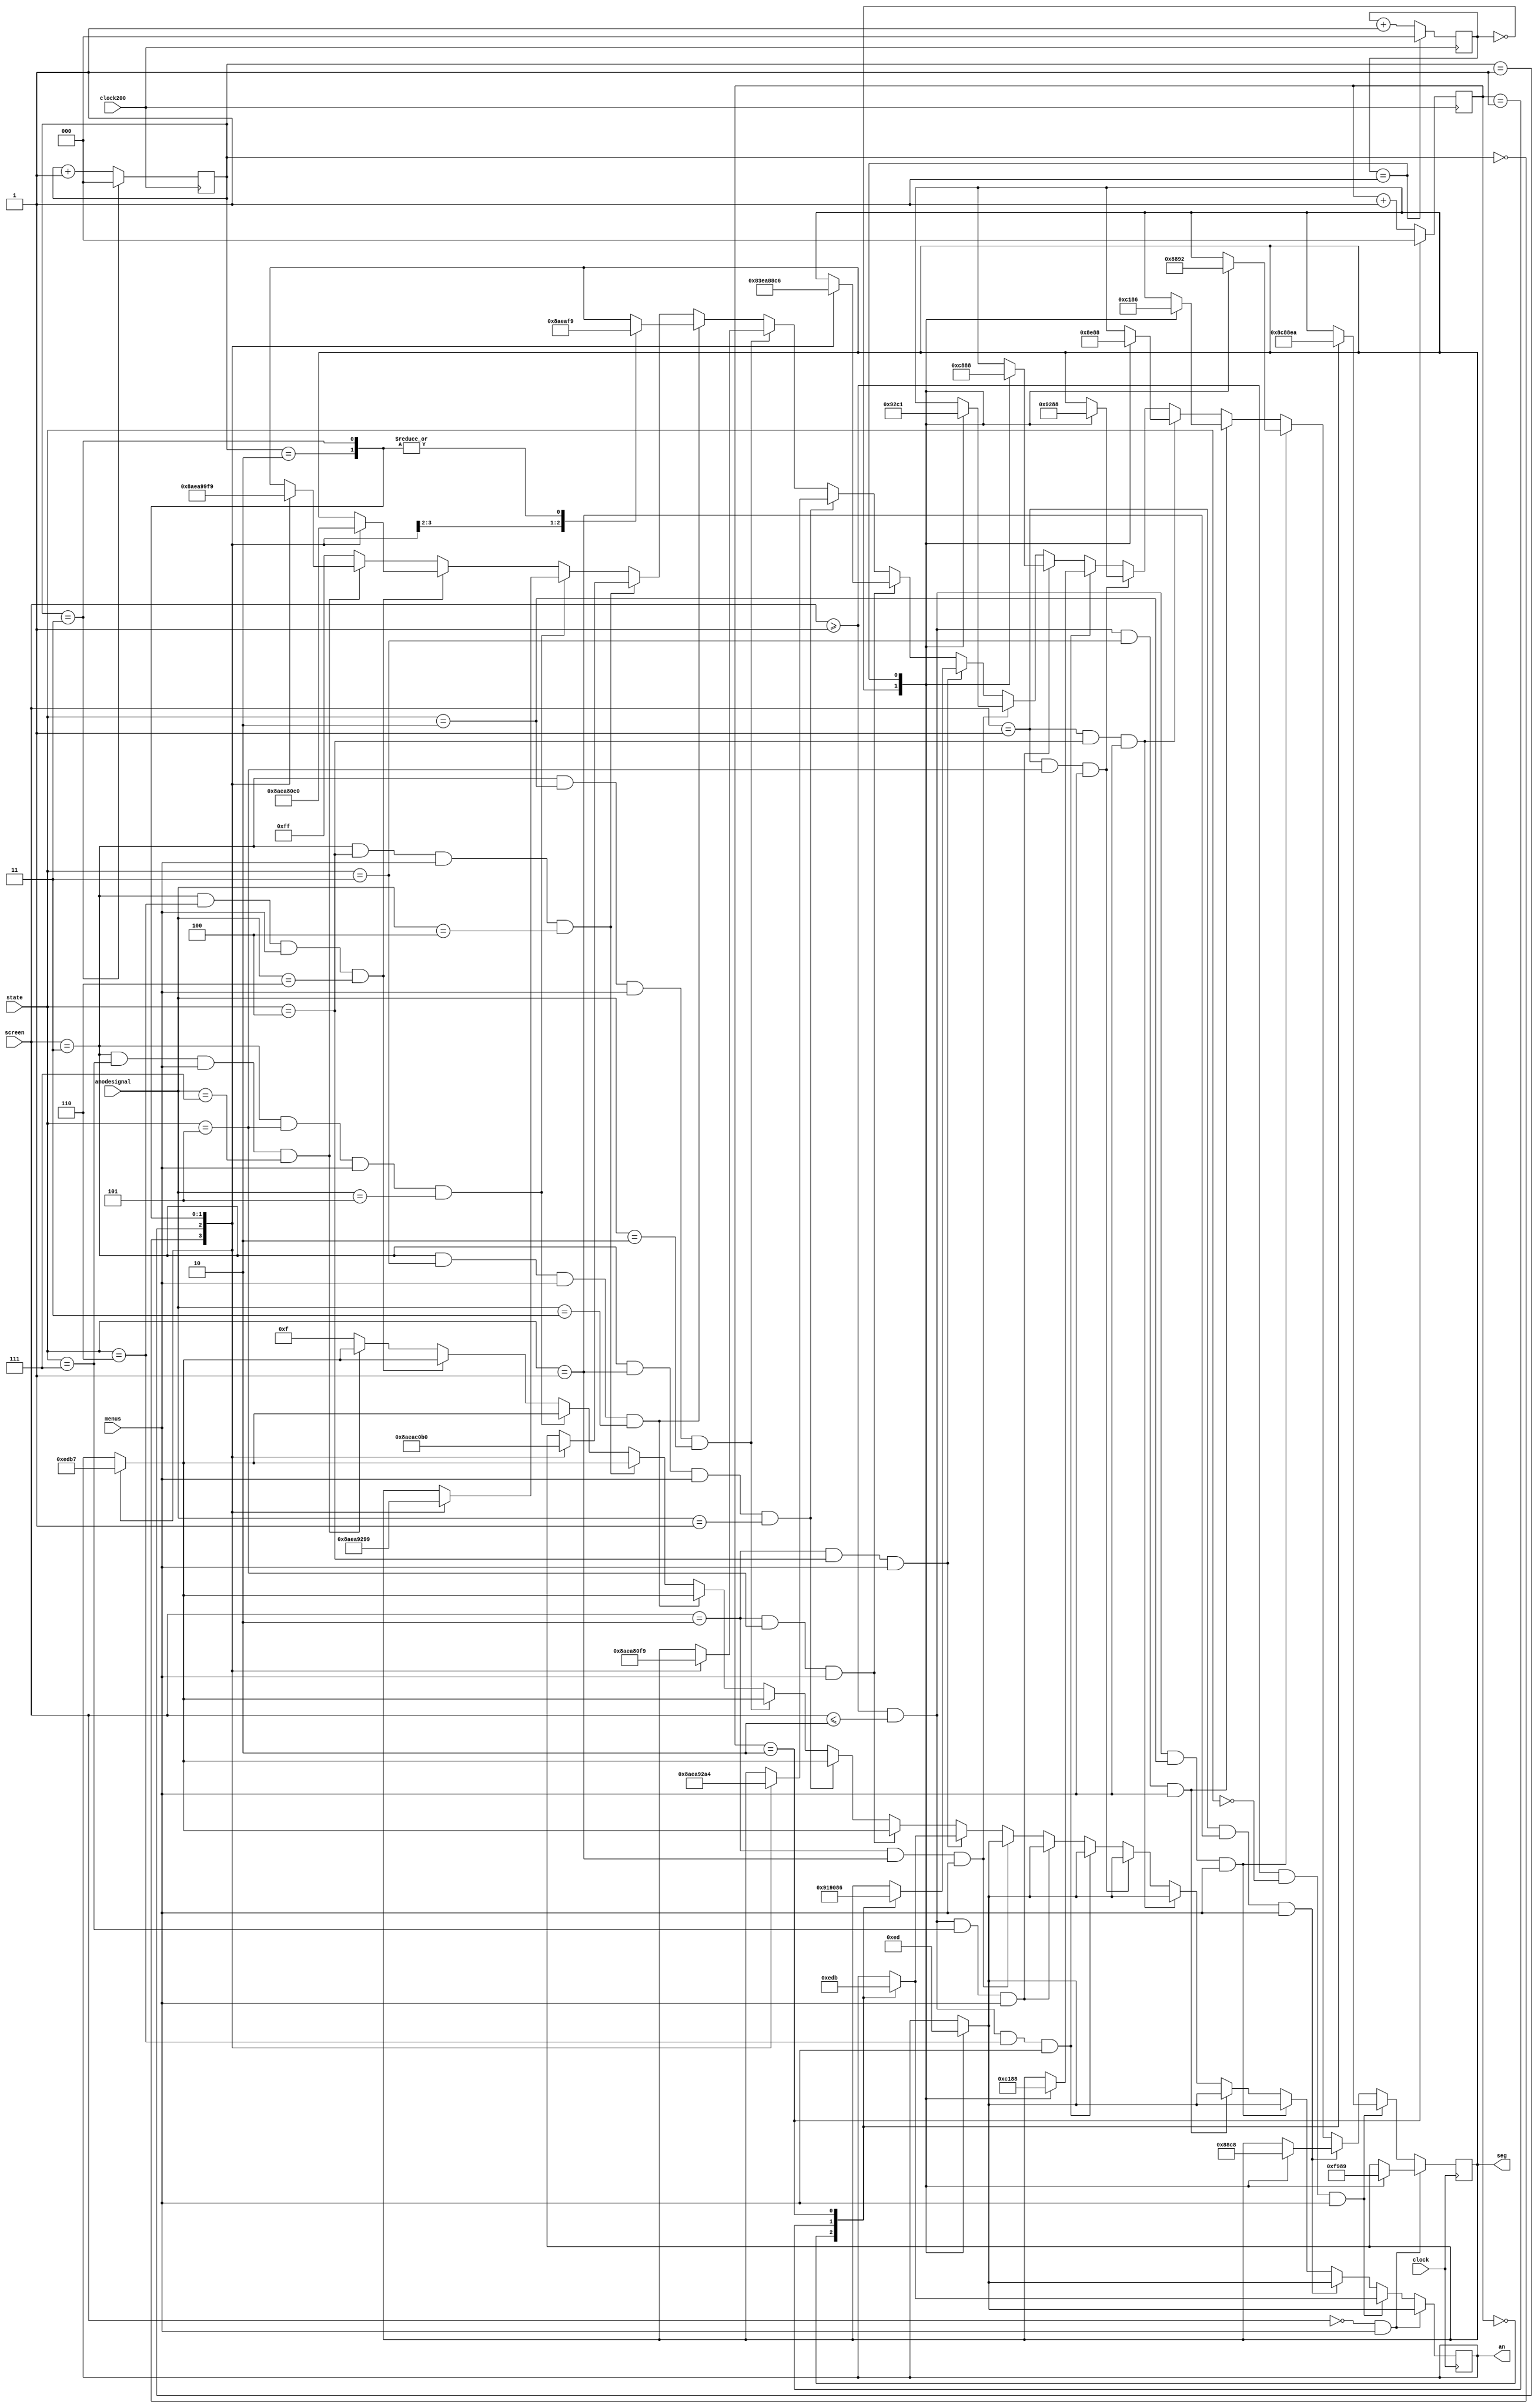
`timescale 1ns / 1ps
//////////////////////////////////////////////////////////////////////////////////
// Company: 
// Engineer: 
// 
// Design Name: 
// Module Name: anodeControl
// Project Name: 
// Target Devices: 
// Tool Versions: 
// Description: 
// 
// Dependencies: 
// 
// Revision:
// Revision 0.01 - File Created
// Additional Comments:
// 
//////////////////////////////////////////////////////////////////////////////////


module anodeControl(input clock200, clock, menus, input [1:0] screen, input [3:0] state, input [3:0] anodesignal, output reg [3:0] an, output reg [7:0] seg);
    
    parameter [7:0] zero = 8'b11000000;
    parameter [7:0] one = 8'b11111001; //1 2
    parameter [7:0] two = 8'b10100100; //01346
    parameter [7:0] three = 8'b10110000; //01236
    parameter [7:0] four = 8'b10011001; //1256
    parameter [7:0] five = 8'b10010010; 
    parameter [7:0] six = 8'b10000010; //023456
    parameter [7:0] seven = 8'b11111000; //012
    parameter [7:0] eight = 8'b10000000;
    parameter [7:0] nine = 8'b10010000;
    
    parameter [7:0] M = 8'b11101010;
    parameter [7:0] K = 8'b10001010;
    
    reg [2:0] twocounter = 0;
    reg [2:0] threecounter = 0;
    reg [2:0] fourcounter = 0;
    
    always @(posedge clock200) begin
    
        twocounter <= (twocounter == 1) ? 0 : twocounter + 1;
        threecounter <= (threecounter == 2) ? 0 : threecounter + 1;
        fourcounter <= (fourcounter == 3) ? 0 : fourcounter + 1;
    
    end
    
    always @(posedge clock) begin
    
        if (screen == 0 && menus) begin
    
            case (twocounter)
            
                3'd0: begin
                    an <= 4'b1110;
                    seg <= 8'b11111001;
                end
                
                3'd1: begin
                    an <= 4'b1101;
                    seg <= 8'b10001001;
                end
            
            endcase
        
        end
        
        else if (screen >= 1 && state == 0 && menus) begin
            
            case (threecounter)
           
                3'd0: begin
                    an <= 4'b1110;
                    seg <= 8'b10001100; 
                end
                
                3'd1: begin
                    an <= 4'b1101;
                    seg <= 8'b10001000;
                end
                
                3'd2: begin
                    an <= 4'b1011;
                    seg <= 8'b11101010; 
                end
                
            endcase    

        end
        
        else if (screen == 1 && state == 1 && menus) begin
    
            case (twocounter)
                //NA        
                3'd0: begin
                    an <= 4'b1110;
                    seg <= 8'b10001000;
                end
                
                3'd1: begin
                    an <= 4'b1101;
                    seg <= 8'b11001000;
                end
                
            endcase    

        end
        
        else if (screen >= 1 && screen <= 2 && state == 2 && menus) begin
            
            case (twocounter)
                //SA        
                3'd0: begin
                    an <= 4'b1110;
                    seg <= 8'b10001000;
                end
                
                3'd1: begin
                    an <= 4'b1101;
                    seg <= 8'b10010010;
                end
                
            endcase    

        end
        
        else if (screen >= 1 && screen <= 2 && state == 3 && menus) begin
            
            case (twocounter)
                //EU        
                3'd0: begin
                    an <= 4'b1110;
                    seg <= 8'b11000001;
                end
                
                3'd1: begin
                    an <= 4'b1101;
                    seg <= 8'b10000110; 
                end
                
            endcase    
        
        end
        
        else if (screen == 1 && state == 4 && menus) begin
                    
            case (twocounter)
                //AF        
                3'd0: begin
                    an <= 4'b1110;
                    seg <= 8'b10001110; //0456
                end
                
                3'd1: begin
                    an <= 4'b1101;
                    seg <= 8'b10001000; 
                end
                
            endcase    
        
        end
        
        else if (screen == 1 && state == 5 && menus) begin
                            
            case (twocounter)
                //AS        
                3'd0: begin
                    an <= 4'b1110;
                    seg <= 8'b10010010; 
                end
                
                3'd1: begin
                    an <= 4'b1101;
                    seg <= 8'b10001000;
                end
                
            endcase
            
        end
        
        else if (screen >= 1 && screen <= 2 && state == 6 && menus) begin
                                    
            case (twocounter)
                //AU        
                3'd0: begin
                    an <= 4'b1110;
                    seg <= 8'b11000001; 
                end
                
                3'd1: begin
                    an <= 4'b1101;
                    seg <= 8'b10001000;
                end
                
            endcase
            
        end
        
        else if (screen >= 1 && screen <= 2 && state == 7 && menus) begin
                                            
            case (twocounter)
                //AN        
                3'd0: begin
                    an <= 4'b1110;
                    seg <= 8'b11001000; 
                end
                
                3'd1: begin
                    an <= 4'b1101;
                    seg <= 8'b10001000;
                end
                
            endcase
            
        end
        
        else if (screen == 2 && state == 1 && menus) begin
        
            case (twocounter) //US
                
                2'd0: begin
                    an <= 4'b1110;
                    seg <= 8'b10010010; 
                end
                
                2'd1: begin
                    an <= 4'b1101;
                    seg <= 8'b11000001;
                end
                
            endcase
        
        end
        
        else if (screen == 2 && state == 4 && menus) begin
                
            case (threecounter) //EGY
                
                2'd0: begin
                    an <= 4'b1110;
                    seg <= 8'b10010001; 
                end
                
                2'd1: begin
                    an <= 4'b1101;
                    seg <= 8'b10010000;
                end
                
                2'd2: begin
                    an <= 4'b1011;
                    seg <= 8'b10000110; 
                end
                
            endcase
        
        end
        
        else if (screen == 2 && state == 5 && menus) begin
                        
            case (fourcounter) //ANKW
                
                3'd0: begin
                    an <= 4'b1110;
                    seg <= 8'b10000011; 
                end
                
                3'd1: begin
                    an <= 4'b1101;
                    seg <= 8'b11101010;  
                end
                
                3'd2: begin
                    an <= 4'b1011;
                    seg <= 8'b10001000;
                end
                
                3'd3: begin
                    an <= 4'b0111;
                    seg <= 8'b11000110; 
                end
                
            endcase
        
        end
        
        else if (screen == 3 && state == 1 && menus && anodesignal == 1) begin//25 MK
        
            case (fourcounter) 
                        
                3'd0: begin
                    an <= 4'b1110;
                    seg <= K; 
                end
                
                3'd1: begin
                    an <= 4'b1101;
                    seg <= M; 
                end
                
                3'd2: begin
                    an <= 4'b1011;
                    seg <= five; 
                end
                
                3'd3: begin
                    an <= 4'b0111;
                    seg <= two;
                end
            
            endcase
        
        end
        
        else if (screen == 3 && state == 2 && menus && anodesignal == 2) begin//25 MK
                
            case (fourcounter) 
                        
                3'd0: begin
                    an <= 4'b1110;
                    seg <= K; 
                end
                
                3'd1: begin
                    an <= 4'b1101;
                    seg <= M; 
                end
                
                3'd2: begin
                    an <= 4'b1011;
                    seg <= eight; 
                end
                
                3'd3: begin
                    an <= 4'b0111;
                    seg <= one;
                end
            
            endcase
        
        end
        
        else if (screen == 3 && state == 3 && menus && anodesignal == 3) begin//25 MK
                
            case (fourcounter) 
                        
                3'd0: begin
                    an <= 4'b1110;
                    seg <= K; 
                end
                
                3'd1: begin
                    an <= 4'b1101;
                    seg <= M; 
                end
                
                3'd2: begin
                    an <= 4'b1011;
                    seg <= one; 
                end
                
                3'd3: begin
                    an <= 4'b0111;
                    seg <= one;
                end
            
            endcase
        
        end
        
        else if (screen == 3 && state == 4 && menus && anodesignal == 4) begin//25 MK
                
            case (fourcounter) 
                        
                3'd0: begin
                    an <= 4'b1110;
                    seg <= K; 
                end
                
                3'd1: begin
                    an <= 4'b1101;
                    seg <= M; 
                end
                
                3'd2: begin
                    an <= 4'b1011;
                    seg <= zero; 
                end
                
                3'd3: begin
                    an <= 4'b0111;
                    seg <= three;
                end
            
            endcase
        
        end
        
        else if (screen == 3 && state == 5 && menus && anodesignal == 5) begin//25 MK
                        
            case (fourcounter) 
                        
                3'd0: begin
                    an <= 4'b1110;
                    seg <= K; 
                end
                
                3'd1: begin
                    an <= 4'b1101;
                    seg <= M; 
                end
                
                3'd2: begin
                    an <= 4'b1011;
                    seg <= five; 
                end
                
                3'd3: begin
                    an <= 4'b0111;
                    seg <= four;
                end
            
            endcase
        
        end
        
        else if (screen == 3 && state == 6 && menus && anodesignal == 6) begin//25 MK
                        
            case (fourcounter) 
                        
                3'd0: begin
                    an <= 4'b1110;
                    seg <= K; 
                end
                
                3'd1: begin
                    an <= 4'b1101;
                    seg <= M; 
                end
                
                3'd2: begin
                    an <= 4'b1011;
                    seg <= eight; 
                end
                
                3'd3: begin
                    an <= 4'b0111;
                    seg <= zero;
                end
            
            endcase
        
        end
        
        else if (screen == 3 && state == 7 && menus && anodesignal == 7) begin//25 MK
                        
            case (fourcounter) 
                        
                3'd0: begin
                    an <= 4'b1110;
                    seg <= K; 
                end
                
                3'd1: begin
                    an <= 4'b1101;
                    seg <= M; 
                end
                
                3'd2: begin
                    an <= 4'b1011;
                    seg <= four; 
                end
                
                3'd3: begin
                    an <= 4'b0111;
                    seg <= one;
                end
            
            endcase
        
        end
        
        
            
        
        else begin
            an <= 4'b1111;
            seg <= 8'b11111111;
        end
    
    end

endmodule